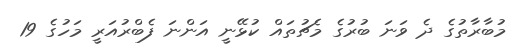
މުބާރާތުގެ ދެ ވަނަ ބުރުގެ މެޗުތައް ކުޅޭނީ އަންނަ ފެބްރުއަރީ މަހުގެ 19